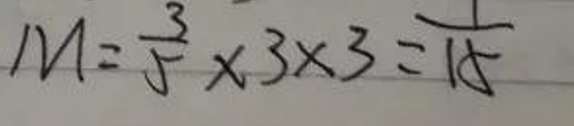
\[ M = \frac{3}{5} \times 3\times 3=\frac{1}{15} \]